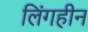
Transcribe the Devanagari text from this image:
लिंगहीन